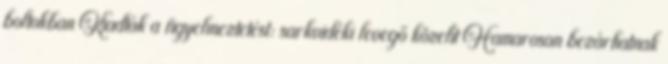
boltokban Kiadták a figyelmeztetést: sarkvidéki levegő közelít Hamarosan bezárhatnak